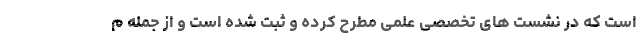
است که در نشست های تخصصی علمی مطرح کرده و ثبت شده است و از جمله م